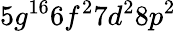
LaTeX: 5g^{16}6f^{2}7d^{2}8p^{2}